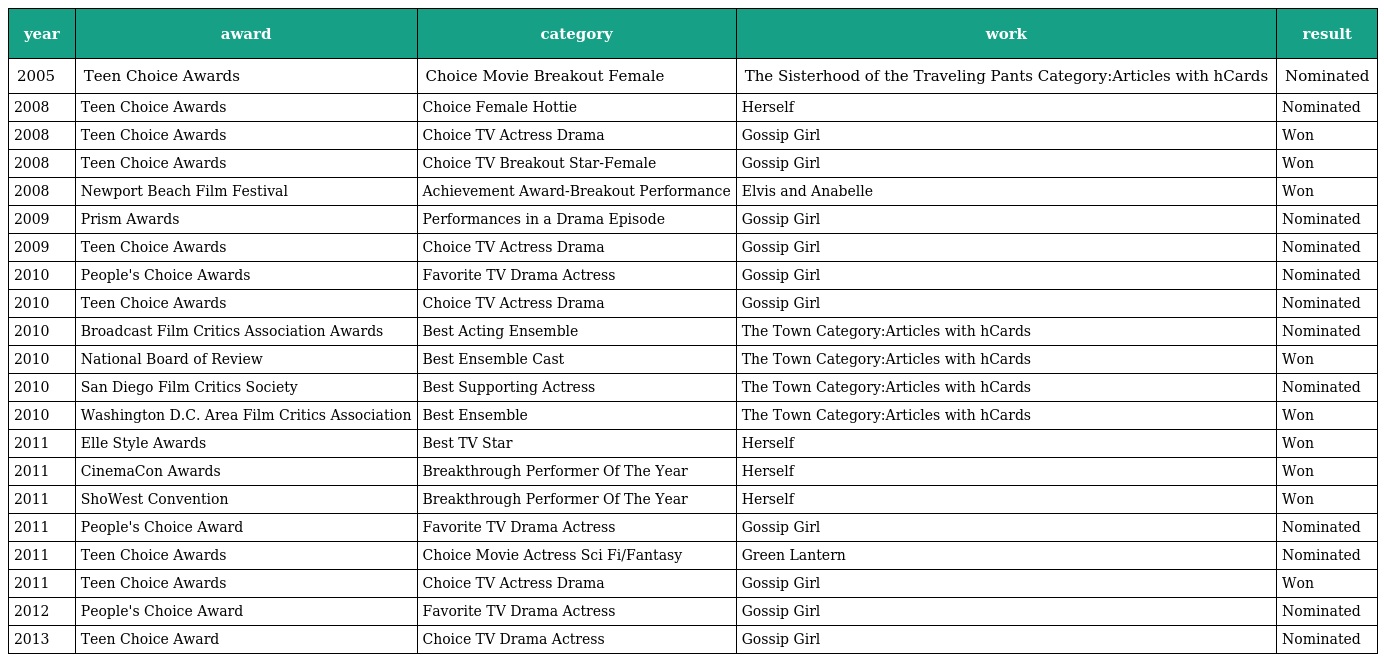
| year | award | category | work | result |
 | --- | --- | --- | --- | --- |
 | 2005 | Teen Choice Awards | Choice Movie Breakout Female | The Sisterhood of the Traveling Pants Category:Articles with hCards | Nominated |
 | 2008 | Teen Choice Awards | Choice Female Hottie | Herself | Nominated |
 | 2008 | Teen Choice Awards | Choice TV Actress Drama | Gossip Girl | Won |
 | 2008 | Teen Choice Awards | Choice TV Breakout Star-Female | Gossip Girl | Won |
 | 2008 | Newport Beach Film Festival | Achievement Award-Breakout Performance | Elvis and Anabelle | Won |
 | 2009 | Prism Awards | Performances in a Drama Episode | Gossip Girl | Nominated |
 | 2009 | Teen Choice Awards | Choice TV Actress Drama | Gossip Girl | Nominated |
 | 2010 | People's Choice Awards | Favorite TV Drama Actress | Gossip Girl | Nominated |
 | 2010 | Teen Choice Awards | Choice TV Actress Drama | Gossip Girl | Nominated |
 | 2010 | Broadcast Film Critics Association Awards | Best Acting Ensemble | The Town Category:Articles with hCards | Nominated |
 | 2010 | National Board of Review | Best Ensemble Cast | The Town Category:Articles with hCards | Won |
 | 2010 | San Diego Film Critics Society | Best Supporting Actress | The Town Category:Articles with hCards | Nominated |
 | 2010 | Washington D.C. Area Film Critics Association | Best Ensemble | The Town Category:Articles with hCards | Won |
 | 2011 | Elle Style Awards | Best TV Star | Herself | Won |
 | 2011 | CinemaCon Awards | Breakthrough Performer Of The Year | Herself | Won |
 | 2011 | ShoWest Convention | Breakthrough Performer Of The Year | Herself | Won |
 | 2011 | People's Choice Award | Favorite TV Drama Actress | Gossip Girl | Nominated |
 | 2011 | Teen Choice Awards | Choice Movie Actress Sci Fi/Fantasy | Green Lantern | Nominated |
 | 2011 | Teen Choice Awards | Choice TV Actress Drama | Gossip Girl | Won |
 | 2012 | People's Choice Award | Favorite TV Drama Actress | Gossip Girl | Nominated |
 | 2013 | Teen Choice Award | Choice TV Drama Actress | Gossip Girl | Nominated |